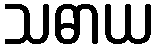
သဓာယ